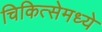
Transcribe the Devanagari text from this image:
चिकित्सेमध्ये